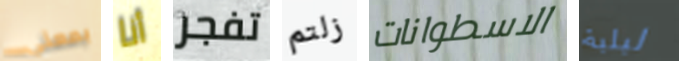
بمعني أنا تفجر زلتم الاسطوانات ليلية